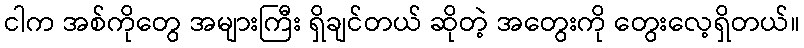
ငါက အစ်ကိုတွေ အများကြီး ရှိချင်တယ် ဆိုတဲ့ အတွေးကို တွေးလေ့ရှိတယ်။